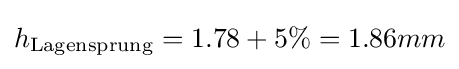
h_{\text{Lagensprung}}=1.78+5\%=1.86mm